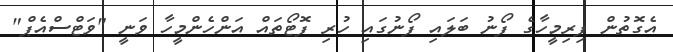
އެގޮތުން ފިރިމީހާގެ ފޯނު ބަލައި ފޯނުގައި ހުރި ފޮޓޯތައް އަންހެންމީހާ ވަނީ "ވަޓްސްއެޕް"